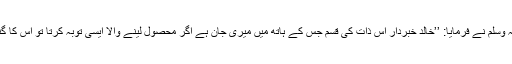
رسول اللہ صلی اللہ علیہ وسلم نے فرمایا: ’’خالد خبردار اس ذات کی قسم جس کے ہاتھ میں میری جان ہے اگر محصول لینے والا ایسی توبہ کرتا تو اس کا گناہ بھی معاف ہو جاتا‘‘۔